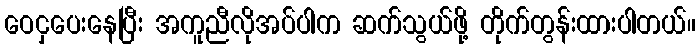
ဝေငှပေးနေပြီး အကူညီလိုအပ်ပါက ဆက်သွယ်ဖို့ တိုက်တွန်းထားပါတယ်။